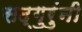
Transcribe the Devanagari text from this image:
सद्गुरुंनी